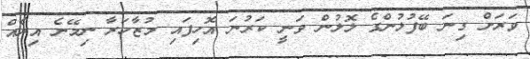
ވަރަށް ގިނަ ބޭފުޅުންގެ ލޮލުން ވަނީ ކަރުނަ އޮހިފައި މުޒާހަރާ ނިމޭނެ އިރެއް